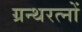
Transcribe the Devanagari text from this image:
ग्रन्थरत्नों